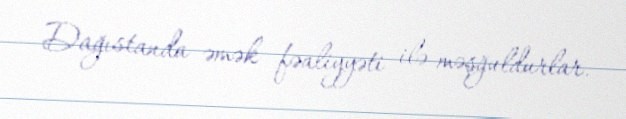
Dağıstanda əmək fəaliyyəti ilə məşğuldurlar.